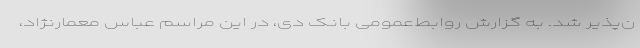
ن‌پذیر شد. به گزارش روابط‌عمومی بانک دی، در این مراسم عباس معمارنژاد،